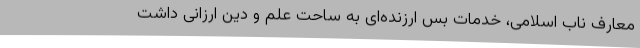
معارف ناب اسلامی، خدمات بس ارزنده‌ای به ساحت علم و دین ارزانی داشت